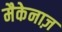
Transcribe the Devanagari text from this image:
मैकेनाज़